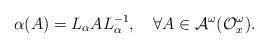
LaTeX: \begin{align*}\alpha(A)=L_{\alpha} A L_{\alpha}^{-1},~~~\forall A\in {\cal A}^{\omega}({\cal O}^{\omega}_{x}).\end{align*}